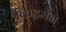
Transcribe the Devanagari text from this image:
किडमेन